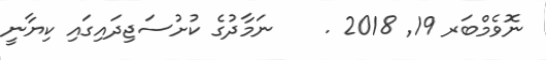
ނޮވެމްބަރ 19